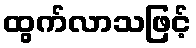
ထွက်လာသဖြင့်